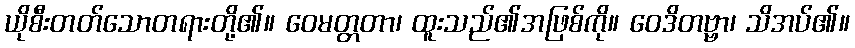
ယိုစီးတတ်သောတရားတို့၏။ ဝေမတ္တတာ၊ ထူးသည်၏အဖြစ်ကို။ ဝေဒိတဗ္ဗာ၊ သိအပ်၏။